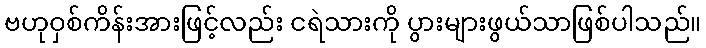
ဗဟုဝှစ်ကိန်းအားဖြင့်လည်း ငရဲသားကို ပွားများဖွယ်သာဖြစ်ပါသည်။